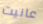
عانيت